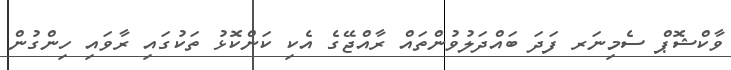
ވާކްޝޮޕް ސެމިނަރ ފަދަ ބައްދަލުވުންތައް ރާއްޖޭގެ އެކި ކަންކޮޅު ތަކުގައި ރާވައި ހިންގުން